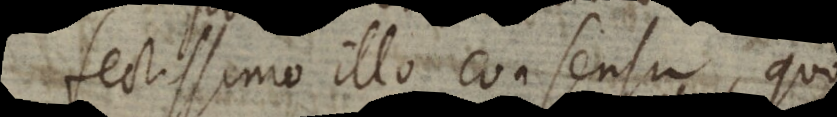
fectissimo illo consensu, quo